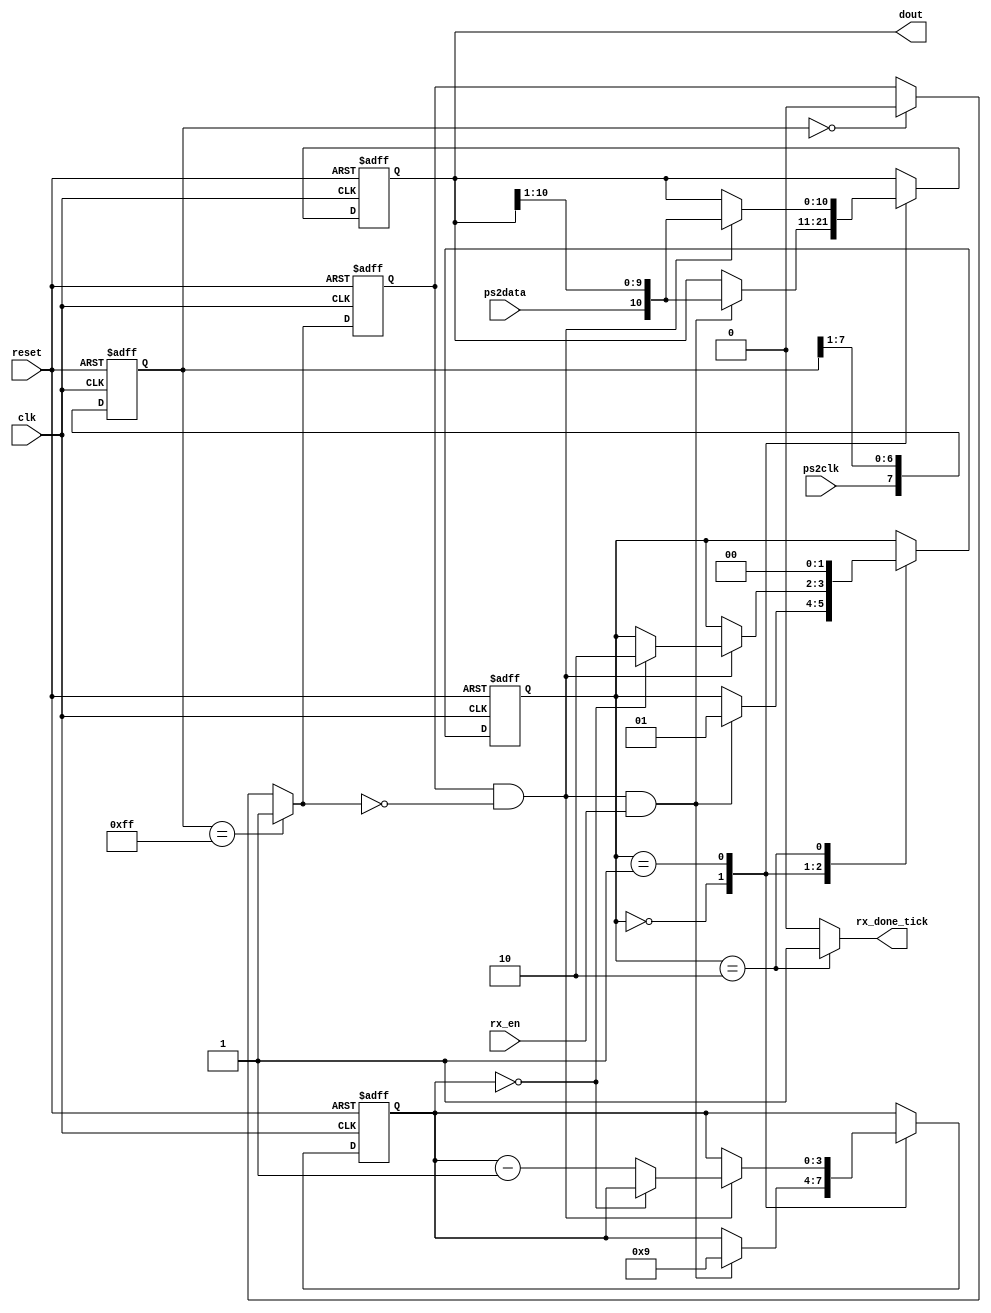
module receptor_teclado_ps2   
(
input wire clk, reset,
input wire ps2data, ps2clk, rx_en,
output reg rx_done_tick,
output wire [10:0] dout
);

// Declaracin simblica de estados
localparam [1:0]
	idle = 2'b00,
	dps  = 2'b01,
	load = 2'b10;

// Declaracin de seales
reg [1:0] state_reg, state_next;
reg [7:0] filter_reg;
wire [7:0] filter_next;
reg f_ps2clk_reg;
wire f_ps2clk_next;
reg [3:0] n_reg, n_next;//Contador auxiliar para manejar el nmero de bits ensamblados
reg [10:0] assembled_data_reg, assembled_data_next; //Buffer para guardar el dato
wire fall_edge;

//======================================================
// Filtrado y deteccin del flanco negativo de ps2_clk
//======================================================
always @(posedge clk, posedge reset)
if (reset)
	begin
		filter_reg <= 0;
		f_ps2clk_reg <= 0;
	end
else
	begin
		filter_reg <= filter_next;
		f_ps2clk_reg <= f_ps2clk_next;
	end

assign filter_next = {ps2clk, filter_reg[7:1]};
assign f_ps2clk_next = (filter_reg==8'b11111111) ? 1'b1 :
							(filter_reg==8'b00000000) ? 1'b0 :
							 f_ps2clk_reg;
assign fall_edge = f_ps2clk_reg & ~f_ps2clk_next;//Deteccin del flanco negativo del clk del teclado

//=================================================
// FSMD
//=================================================
// Estado FSMD y registros de datos
always @(posedge clk, posedge reset)
	if (reset)
		begin
			state_reg <= idle;
			n_reg <= 0;
			assembled_data_reg <= 0;
		end
	else
		begin
			state_reg <= state_next;
			n_reg <= n_next;
			assembled_data_reg <= assembled_data_next;
		end
// Lgica de siguiente estado de la FSMD
always @*
begin
	state_next = state_reg;
	rx_done_tick = 1'b0;
	n_next = n_reg;
	assembled_data_next = assembled_data_reg;
	case (state_reg)
		idle:
			if (fall_edge & rx_en)
				begin
					// shift al bit entrante
					assembled_data_next = {ps2data, assembled_data_reg[10:1]};
					n_next = 4'b1001;
					state_next = dps;
				end
		dps: //Ensamblar 8 bits de datos + 1 paridad + 1 parada
			if (fall_edge)
				begin
					assembled_data_next = {ps2data, assembled_data_reg[10:1]};
					if (n_reg==0)
						state_next = load;
					else
						n_next = n_reg - 1'b1;
				end
		load: // Ciclo de reloj extra para terminar el ensamblaje del dato del teclado
			begin
				state_next = idle;
				rx_done_tick = 1'b1;
			end
	endcase
end
// Salida
assign dout = assembled_data_reg[10:0]; // bits de datos (se incluyen bit de inicio, paridad y parada)
//Nota: Bits del cdigo de la teclado [8:1]
endmodule